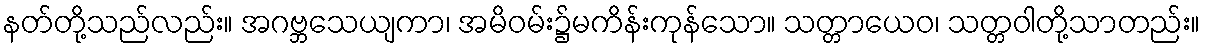
နတ်တို့သည်လည်း။ အဂဗ္ဘသေယျကာ၊ အမိဝမ်း၌မကိန်းကုန်သော။ သတ္တာယေဝ၊ သတ္တဝါတို့သာတည်း။